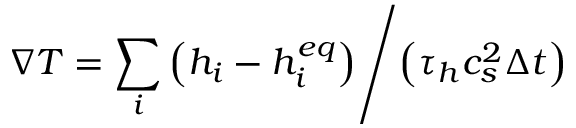
\nabla T = { { \sum _ { i } { \left( { { h _ { i } } - h _ { i } ^ { e q } } \right) } } \mathord { \left/ { \vphantom { { \sum _ { i } { \left( { { h _ { i } } - h _ { i } ^ { e q } } \right) } } { \left( { { \tau _ { h } } c _ { s } ^ { 2 } \Delta t } \right) } } } \right. \kern - \nulldelimiterspace } { \left( { { \tau _ { h } } c _ { s } ^ { 2 } \Delta t } \right) } }